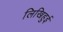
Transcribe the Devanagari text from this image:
लिखिहुई